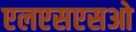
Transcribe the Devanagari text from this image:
एलएसएसओ